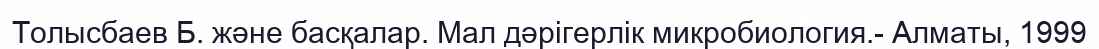
Толысбаев Б. және басқалар. Мал дәрігерлік микробиология.- Алматы, 1999